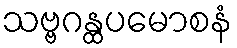
သဗ္ဗဂန္ထပမောစနံ